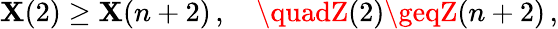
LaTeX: \mathbf{X}(2)\geq\mathbf{X}(n+2)\, ,\quad\quadZ(2)\geqZ(n+2)\, ,